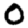
Digit: 0